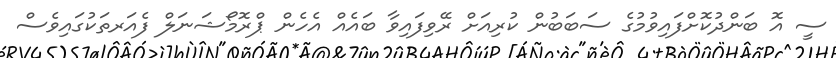
ސީ އޮ ބަންދުކޮށްފައިވުމުގެ ސަބަބުން ކުރިއަށް ރޭވިފައިވާ ބައެއް އެހެން ޕްރޮމޯޝަނަލް ފެއަރތަކުގައިވެސް